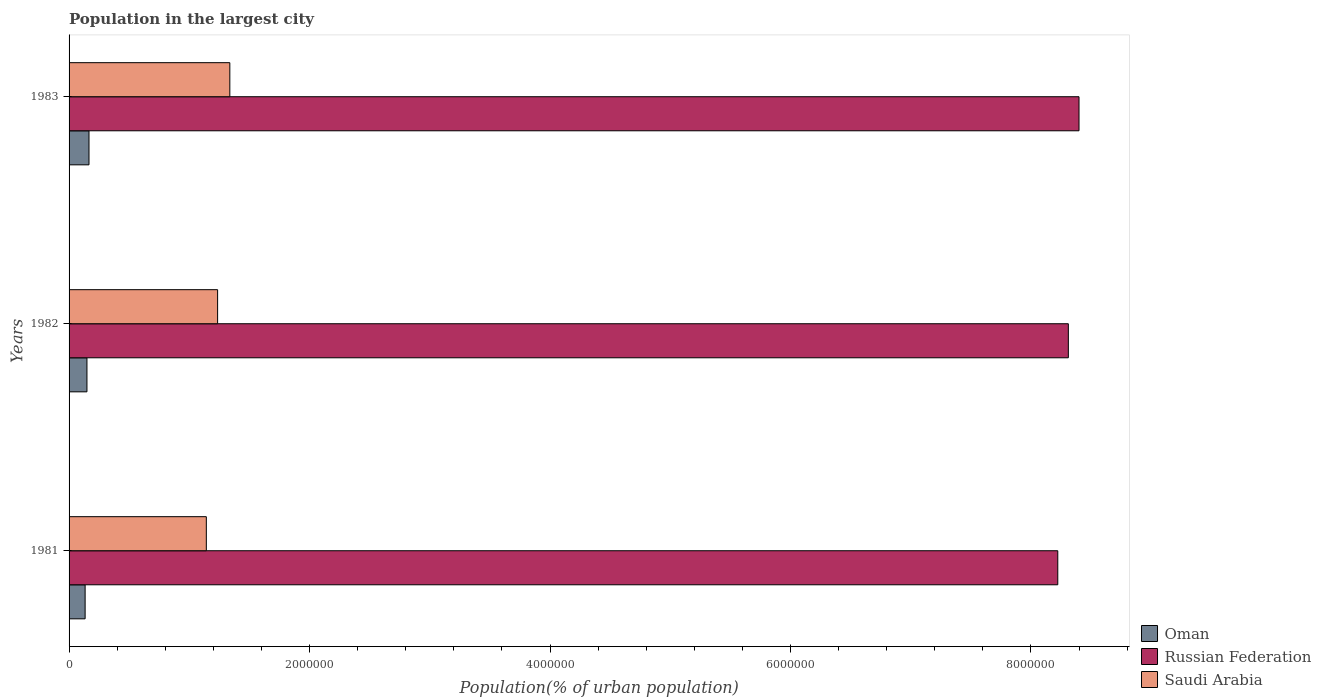
| Years | Oman | Russian Federation | Saudi Arabia |
 | --- | --- | --- | --- |
 | 1981 | 1.33e+05 | 8.22e+06 | 1.14e+06 |
 | 1982 | 1.49e+05 | 8.31e+06 | 1.24e+06 |
 | 1983 | 1.66e+05 | 8.4e+06 | 1.34e+06 |